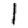
Digit: 1